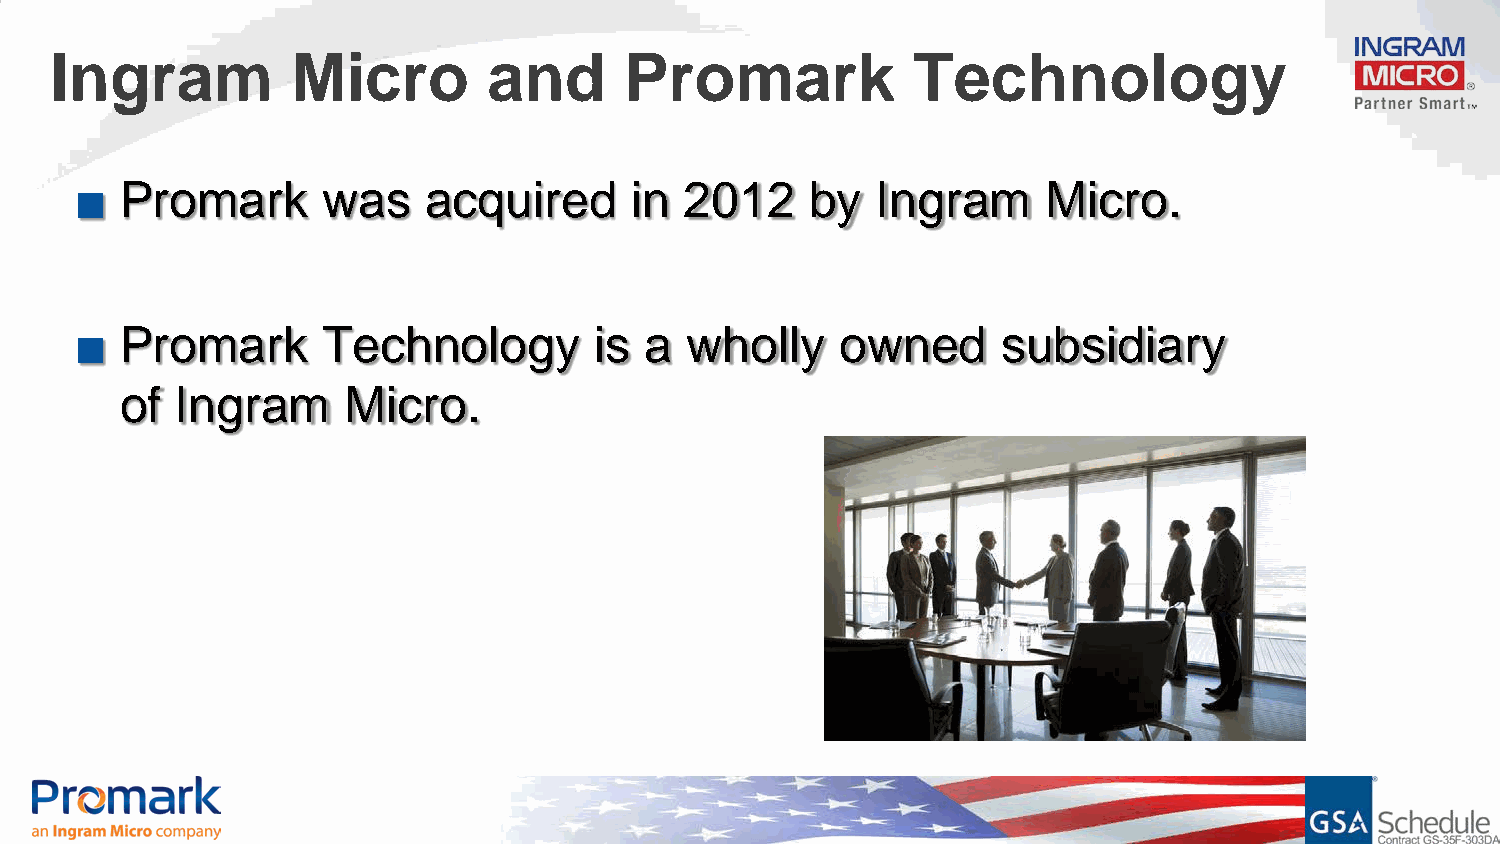
Ingram          Micro        and      Promark            Technology
 ■  Promark      was    acquired      in 2012     by  Ingram     Micro.
 ■  Promark      Technology        is  a wholly     owned     subsidiary
 of  Ingram     Micro.
 Confidential and proprietary information of Ingram Micro Inc. — Do not distribute or duplicate without Ingram Micro's express written permission. 1403007_5